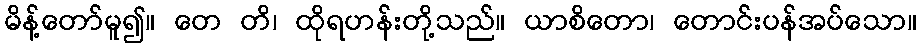
မိန့်တော်မူ၍။ တေ တိ၊ ထိုရဟန်းတို့သည်။ ယာစိတော၊ တောင်းပန်အပ်သော။